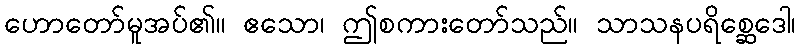
ဟောတော်မူအပ်၏။ ဧသော၊ ဤစကားတော်သည်။ သာသနပရိစ္ဆေဒေါ၊